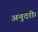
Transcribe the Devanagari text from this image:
अनुदरी।